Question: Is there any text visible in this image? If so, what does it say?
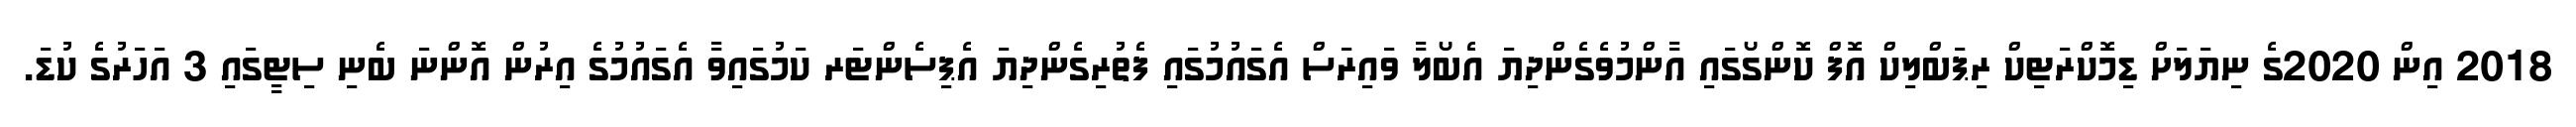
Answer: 2018 އިން 2020ގެ ނިޔަލަށް ޑިމޮކްރަޓިކް ރިޕަބްލިކް އޮފް ކޮންގޯގައި އާންމުވެގެންދިޔަ އެބޯލާ ވައިރަސް އެގައުމުގައި ފެތުރިގެންދިޔަ އެޕިސެންޓަރ ކަމުގައިވާ އެގައުމުގެ އިރުން އޮންނަ ބެނި ސިޓީގައި 3 އަހަރުގެ ކުޑަ.